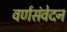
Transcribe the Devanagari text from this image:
वर्णसंवेदन